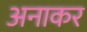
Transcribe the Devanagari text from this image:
अनाकर